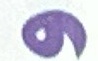
و